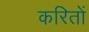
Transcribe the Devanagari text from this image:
करितों